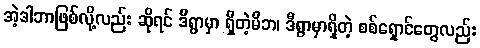
အဲ့ဒါဘာဖြစ်လို့လည်း ဆိုရင် ဒီရွာမှာ ရှိတဲ့မိဘ၊ ဒီရွာမှာရှိတဲ့ စစ်ရှောင်တွေလည်း